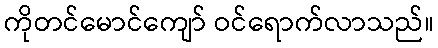
ကိုတင်မောင်ကျော် ဝင်ရောက်လာသည်။